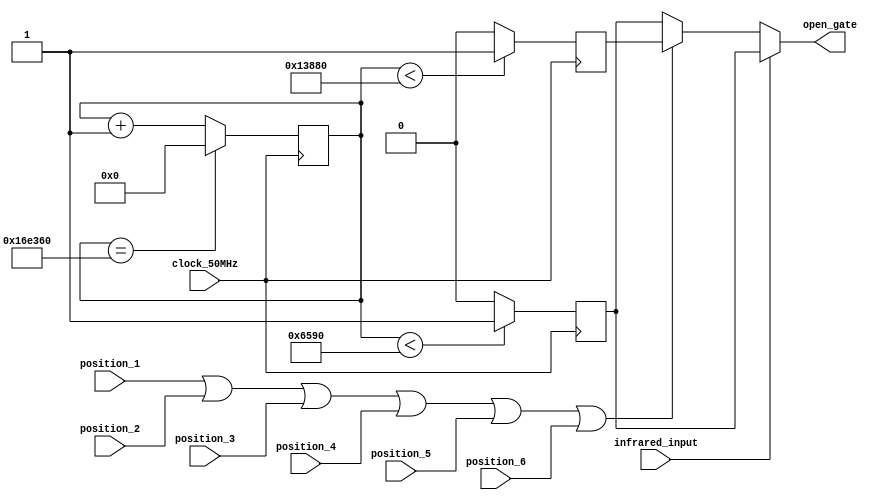
module GateControl(open_gate , position_1 , position_2 , position_3 , position_4 , position_5 , position_6 , infrared_input, clock_50MHz);
output reg open_gate;
input infrared_input, position_1 , position_2 , position_3 , position_4 , position_5 , position_6 , clock_50MHz;
reg open_clock, close_clock;
always @(infrared_input)
begin
	if(~infrared_input)
		begin
			if(position_1 | position_2 | position_3 | position_4 | position_5 | position_6)
				open_gate<=open_clock;
			else
				open_gate<=close_clock;
		end
	else
		open_gate<=close_clock;	
		
end

//not sure starting here
reg [20:0]counter_33Hz;


//generate the 33.33333333Hz clocks
initial
begin
counter_33Hz<=0;
open_clock<=0;
close_clock<=0;
end

always@(posedge clock_50MHz)
begin
if(counter_33Hz==1_500_000)
		counter_33Hz<=0;
else
	counter_33Hz<=counter_33Hz+1;
end

//generate the close_clock signal
always@(posedge clock_50MHz)
begin 
	if(counter_33Hz<26000)
		close_clock<=1;
	else
		close_clock<=0;
end

//generate the open_clock signal
always @(posedge clock_50MHz)
begin
	if(counter_33Hz<80000)
		open_clock<=1;
	else
		open_clock<=0;
end

endmodule